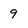
Character: 9